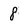
Character: 8